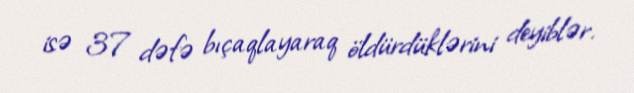
isə 37 dəfə bıçaqlayaraq öldürdüklərini deyiblər.